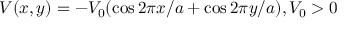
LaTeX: V ( x , y ) = - V _ { 0 } ( \cos 2 \pi x / a + \cos 2 \pi y / a ) , V _ { 0 } > 0